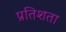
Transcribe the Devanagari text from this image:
प्रतिशता